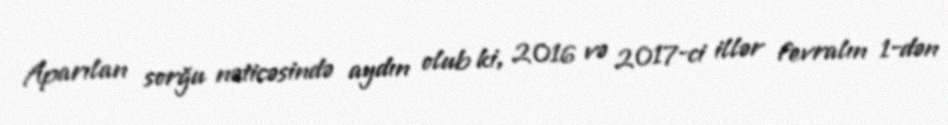
Aparılan sorğu nəticəsində aydın olub ki, 2016 və 2017-ci illər fevralın 1-dən